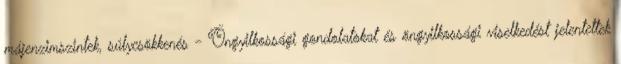
májenzimszintek, súlycsökkenés - Öngyilkossági gondolatokat és öngyilkossági viselkedést jelentettek